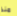
منذ